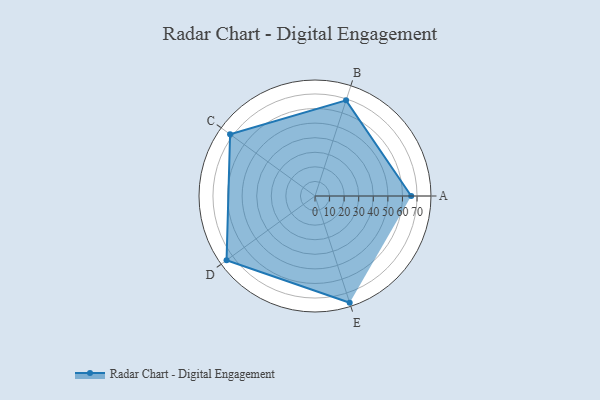
{"axis": {"x": "Skill", "y": "Score"}, "legend": ["Profile"], "data": [{"x": "A", "y": 66.0, "type": "Profile"}, {"x": "B", "y": 69.0, "type": "Profile"}, {"x": "C", "y": 72.0, "type": "Profile"}, {"x": "D", "y": 75.0, "type": "Profile"}, {"x": "E", "y": 77.0, "type": "Profile"}]}